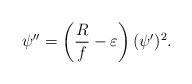
LaTeX: \begin{align*}\psi''=\left(\frac{R}{f}-\varepsilon\right)(\psi')^2.\end{align*}